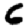
Digit: 6